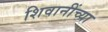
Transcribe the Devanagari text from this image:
शिवानींच्या